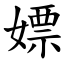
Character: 嫖